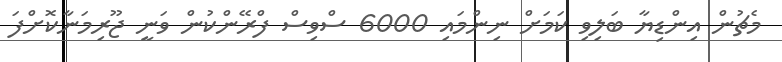
މެޗުން އިންޑިޔާ ބަލިވި ކަމަށް ނިންމައި 6000 ސްވިސް ފްރޭންކުން ވަނީ ޖޫރިމަނާކޮށްފަ